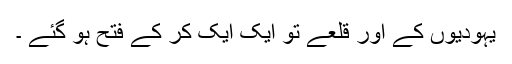
یہودیوں کے اور قلعے تو ایک ایک کر کے فتح ہو گئے ۔